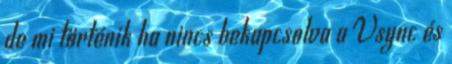
de mi történik ha nincs bekapcsolva a Vsync és